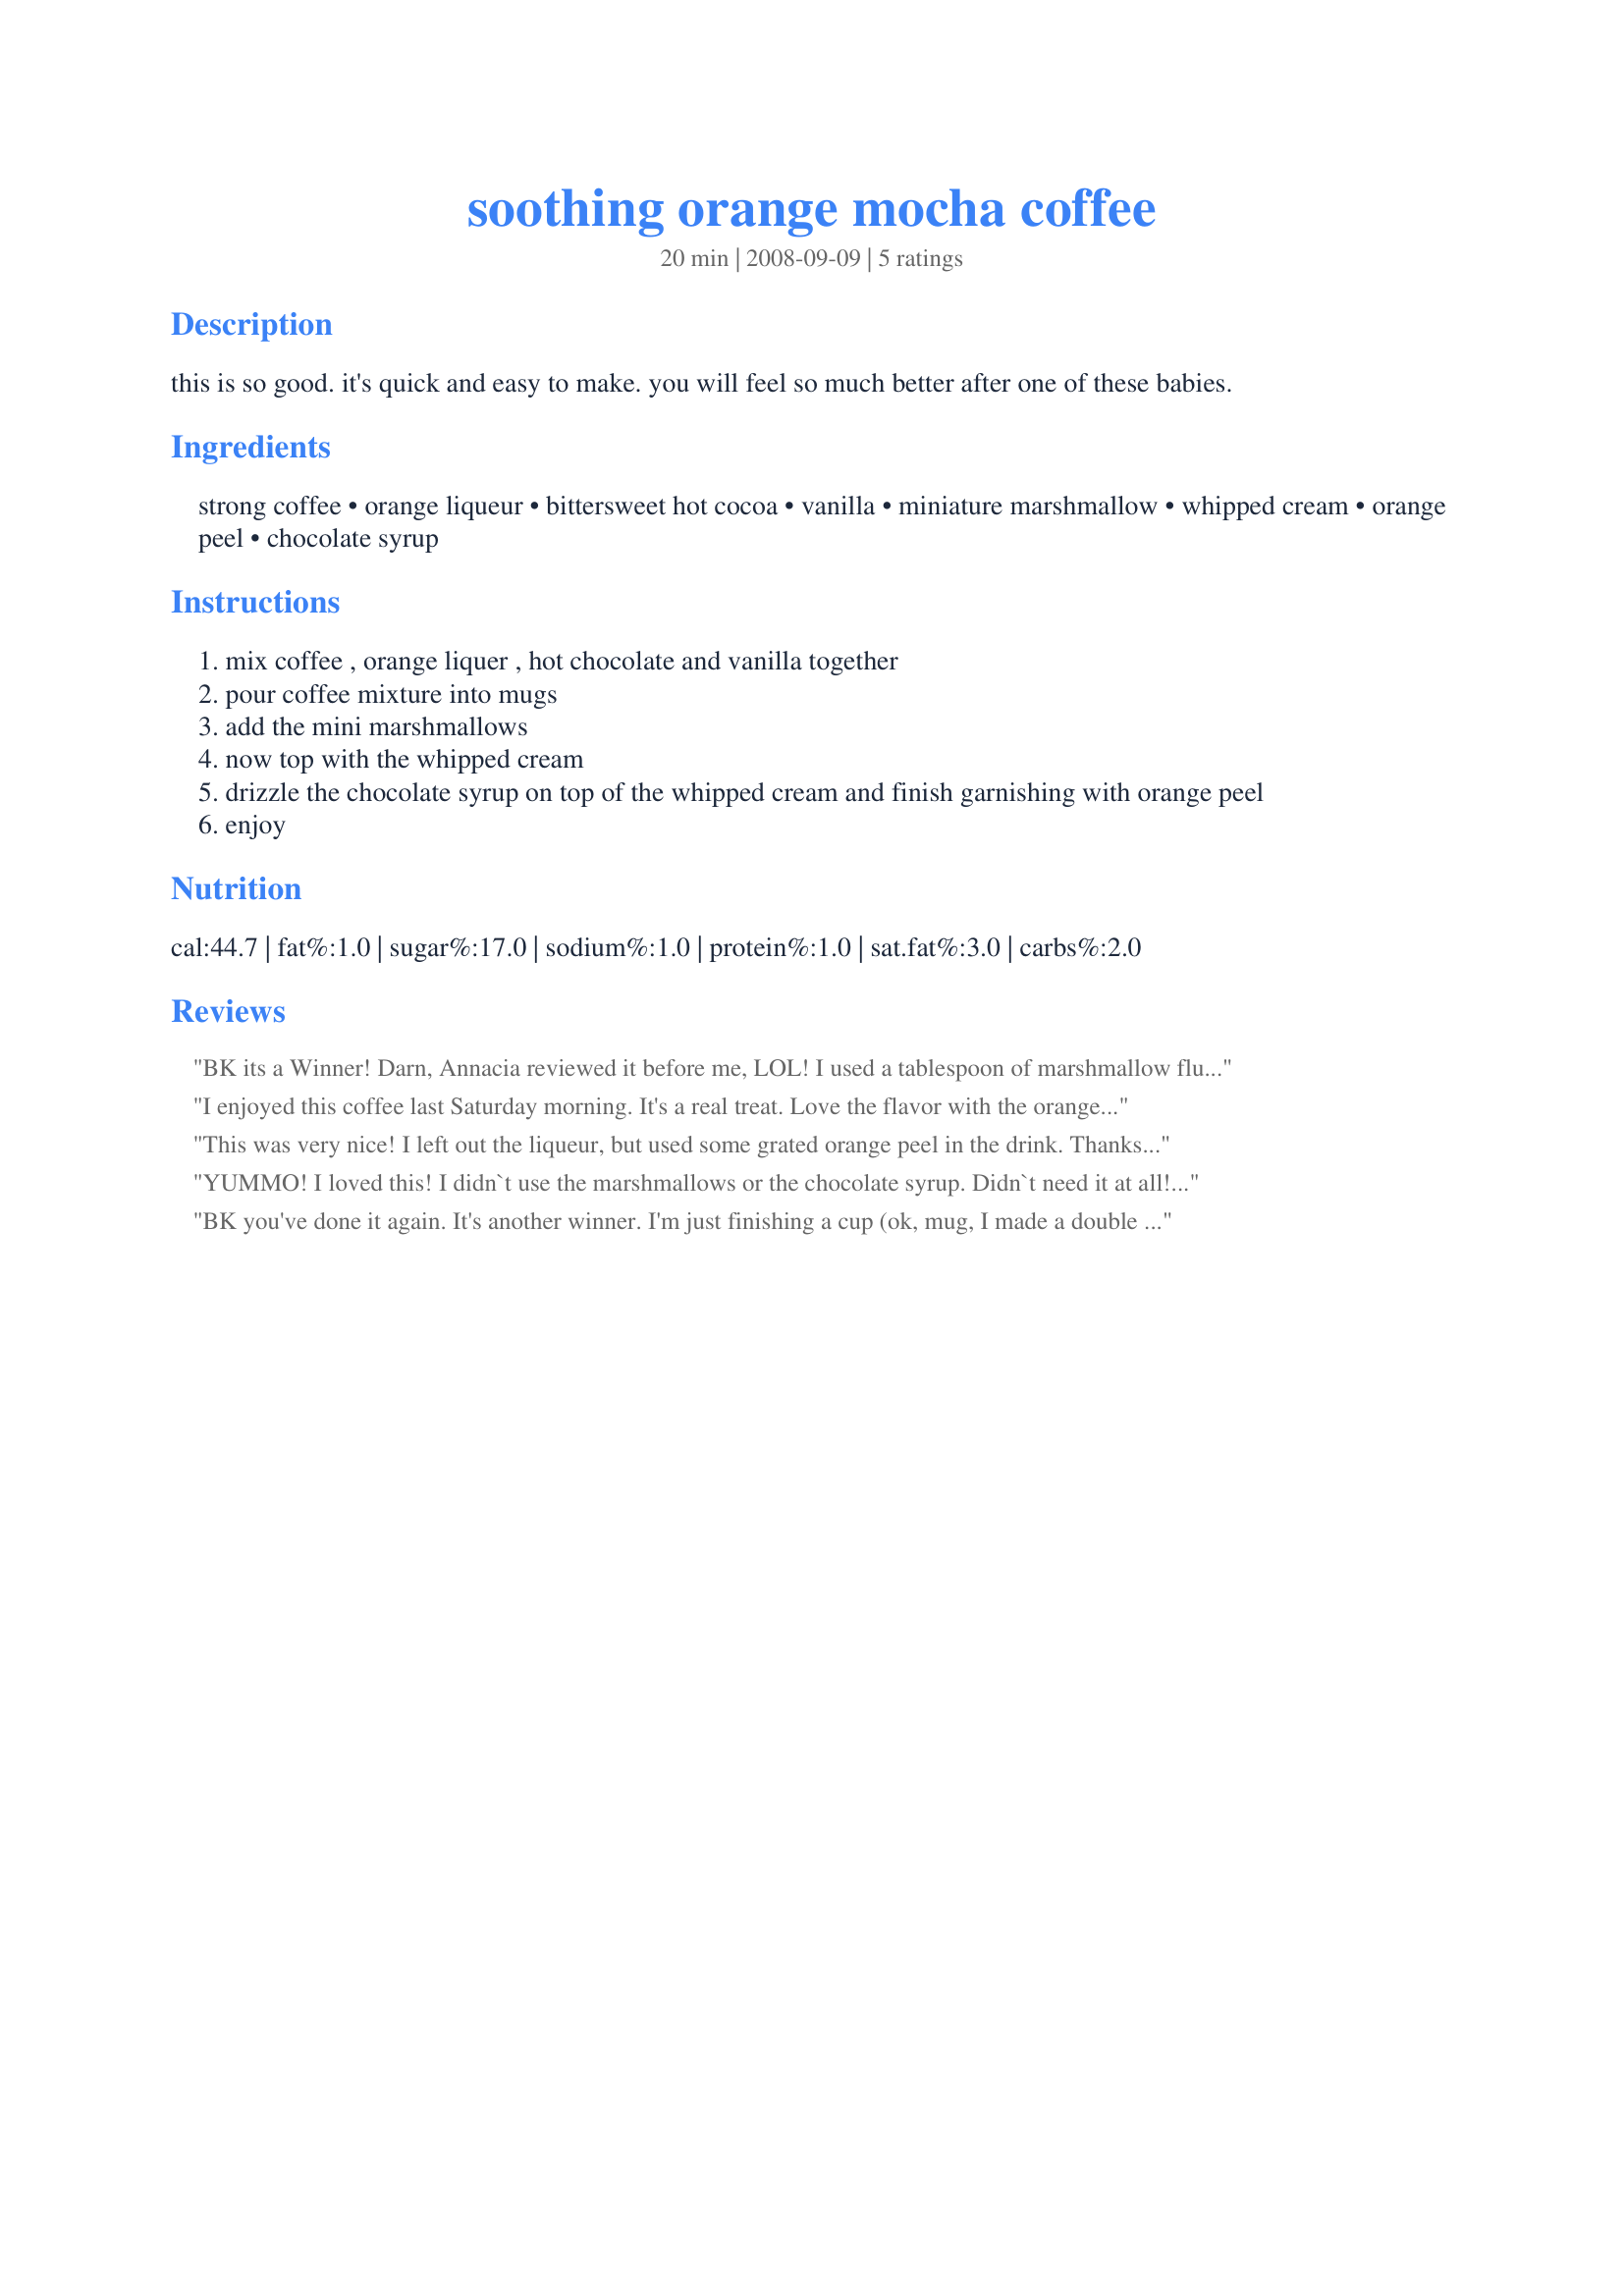
soothing orange mocha coffee
Preparation time: 20 minutes

this is so good. it's quick and easy to make. you will feel so much better after one of these babies.

Ingredients:
strong coffee, orange liqueur, bittersweet hot cocoa, vanilla, miniature marshmallow, whipped cream, orange peel, chocolate syrup

Steps:
mix coffee , orange liquer , hot chocolate and vanilla together
pour coffee mixture into mugs
add the mini marshmallows
now top with the whipped cream
drizzle the chocolate syrup on top of the whipped cream and finish garnishing with orange peel
enjoy

Reviews:
BK its a Winner! Darn, Annacia reviewed it before me, LOL!
I used a tablespoon of marshmallow fluff instead of the mini marshmallows. I will be making this again real soon! Chocolate and orange are flavors that go perfect together! I also divided it in half for one serving. Thanks for posting. Yummy! Made for Summer 2009 Comfort Cafe.
I enjoyed this coffee last Saturday morning. It's a real treat. Love the flavor with the orange, chocolate, coffee. Thanks Baby Kato :) Made for Market tag game
This was very nice! I left out the liqueur, but used some grated orange peel in the drink. Thanks Baby Kato! Made for 123 Hit Wonders game.
YUMMO! I loved this! I didn`t use the marshmallows or the chocolate syrup. Didn`t need it at all! This was delish! Thanks Made for Comfort cafe 2010.
BK you've done it again. It's another winner. I'm just finishing a cup (ok, mug, I made a double :D) and I have to start dinner. However, I'm much more like doing it now, lol. Not sure it that is because of the soothing orange or the kick in the pants espresso I used. Either way, this is a delicious cup (or mug) of coffee. I didn't use the marshmallows and didn't miss them at all with all the other goodies. One wickedly yummy brew that I *might* be making again tonight. Kudo's Kato Baby.
